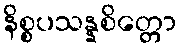
နိစ္စပသန္နစိတ္တော